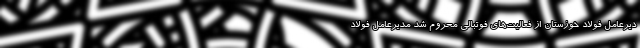
دیرعامل فولاد خوزستان از فعالیت‌های فوتبالی محروم شد مدیرعامل فولاد